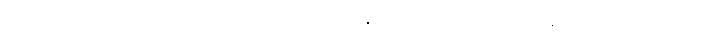
ပုဗ္ဗကရဏဟူ၍ + ဆိုအပ်၏။] ပုဗ္ဗကရဏန္တိကား “ဟူ၍” ဟု အနက်ပေးသောကြောင့်